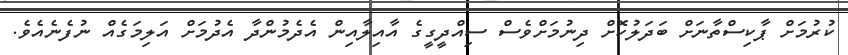
ކުރުމަށް ޕާކިސްތާނަށް ބަދަލުކޮށް ދިނުމަށްވެސް ސިއްދީގީގެ އާއިލާއިން އެދެމުންދާ އެދުމަށް އަލިމަގެއް ނުފެނެއެވެ.